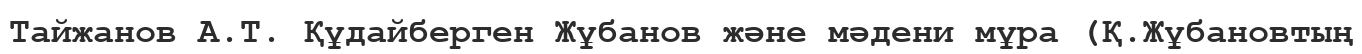
Тайжанов А.Т. Құдайберген Жұбанов және мәдени мұра (Қ.Жұбановтың